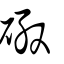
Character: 磤